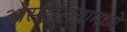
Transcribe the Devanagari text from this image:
ऑसट्रेलियामध्ये